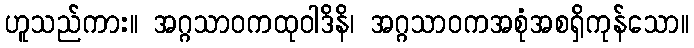
ဟူသည်ကား။ အဂ္ဂသာဝကထုဝါဒိနိ၊ အဂ္ဂသာဝကအစုံအစရှိကုန်သော။